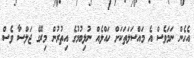
އެހެން ނަމަވެސް އެ މައްސަލަތަކަށް ހައްލެއް ނުލިބުމުގެ އިތުރުން މިރޭގެ ޖަލްސާ ވެސް